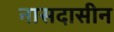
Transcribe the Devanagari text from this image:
नासदासीन